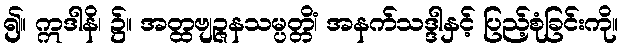
၍။ ဣဒါနိ၊ ၌။ အတ္ထဗျဉ္ဇနသမ္ပတ္တိံ၊ အနက်သဒ္ဒါနှင့် ပြည့်စုံခြင်းကို။